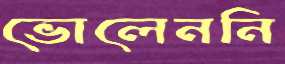
ভোলেননি